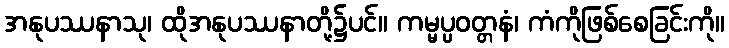
အနုပဿနာသု၊ ထိုအနုပဿနာတို့၌ပင်။ ကမ္မပ္ပဝတ္တနံ၊ ကံကိုဖြစ်စေခြင်းကို။